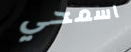
اسمحي